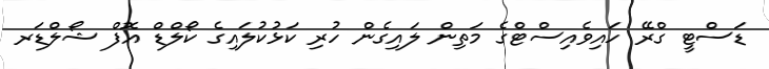
ޑަސްޓީ ގްރޭ ހައިވެއިސްޓްގެ މަތިން ލައިގެން ހުރި ކަޅުކުލައިގެ ކޯލްޑް އޮފް ޝޯލްޑަރ